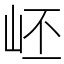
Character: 岯